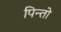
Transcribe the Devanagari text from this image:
पिन्तो